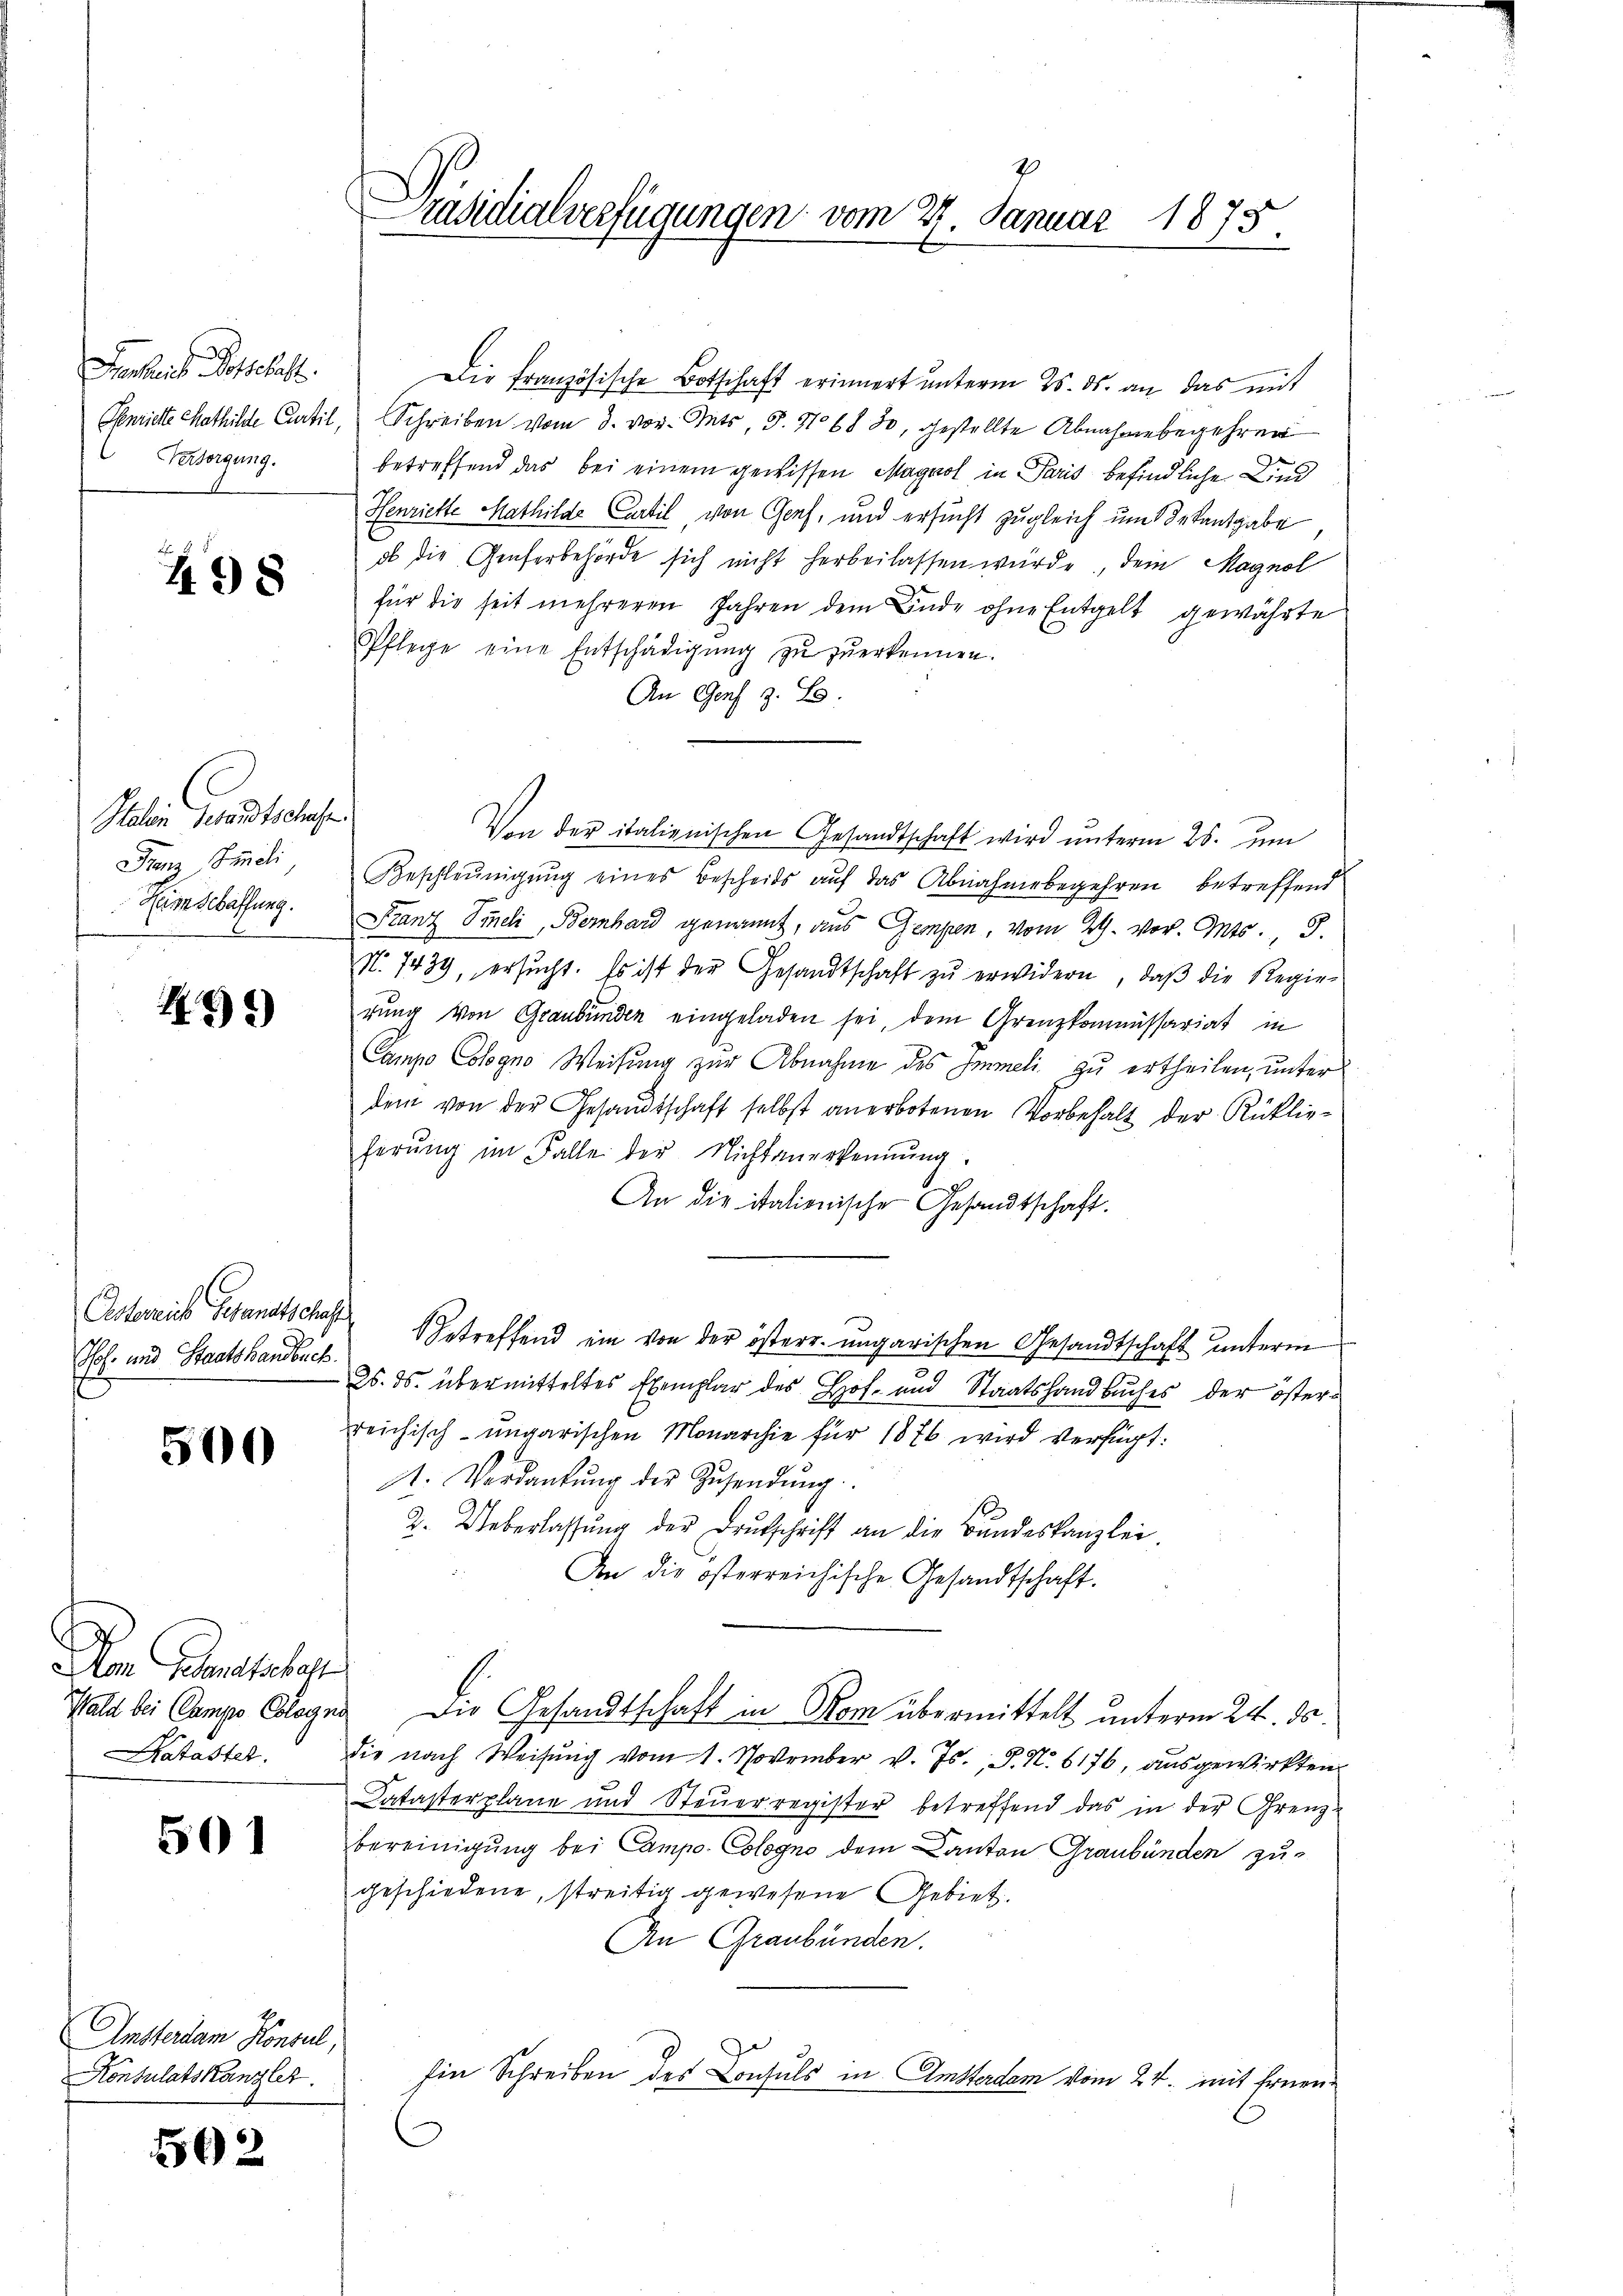
Fenheit Botschaft.
Versorgung.

498

Paten Gesandtschehen
Ganz Simeli
Heimschaffung.

92)

Astereich Gesandtschaf
Hof- und Staatshandbuch.

500

Dem Gedanstabest
Wald bei Campe Cologr
Kataster.

501

Amsterdam Konsul,
Konsulatskanzler.

502

Präsidialverfügungen vom 27. Januar 1875.

Die Französische Botschaft erinnert unterm 25. ds. an das mit
Genriete Mathilde Curtil, Schreiben vom 3. vor. Guts, 3. No 68 80, gestellte Abnahmebegehren
betreffend das bei einem gewissen Magnol in Paris befindliche Kind
Henriette Mathilde Cartil, von Genf, und ersucht zugleich um Dekantgabe
ob die Genferbehörde sich nicht herbeilassen würde, Dein Magnol
für die seit mehreren Jahren dem Ende ohne Entgelt gewährte
Pflege eine Entschädigŭng zŭ zŭerkennen.
An Genf z. B.
Von der italienischen Gesandtschaft wird ŭnterm 25. ŭm
Beschleunigung eines Bescheids auf das Abnahmebegehren betreffend
Franz Sindli, Bernhard genannt, aus Gempen, vom 29. vor. Mts. 3.
N. 7434, ersŭcht. Es ist der Gesandtschaft zŭ erwidern, daβ die Regierung von Graubünden eingeladen sei, dem Grenzkommissariat in
Campo Cologno Weisung zur Abnahme des Immeli zu ertheilen, unter
dem von der Gesandtschaft selbst anerbotenen Vorbehalt der Rücklie-
herŭng im Falle der Nichtanerkennung.
A
An die itationische Gesandtschaft.
 Betreffend ein von der österr. ungarischen Gesandtschaft unterm
25. ds. übermitteltes Exemplar des Hof- und Staatshandbuches der österreichisch-ungarischen Monarchie für 1876 wird verfügt:
1. Verdankŭng der Zŭsendŭng.
2. Ueberlassŭng der Brŭtschrift an die Bŭndeskanzlei.
An die österreichische Gesandtschaft.
na. Die Gesandtschaft in Rom übermittelt unterm 24. ds.
die nach Weisung vom 1. November v. Js., S. N. 6176, ausgewirkten
Katasterplane und Steŭerregister betreffend das in der Grenzbereinigung bei Campo- Cologno dem Canton Graubünden zu-
geschiedene, streitig gewesene Gebiet.
An Graubünden.
Ein Schreiben des Consuls in Amsterdem vom 24. mit Ernen